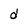
Character: d